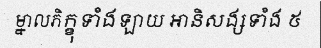
ម្នាលភិក្ខុទាំងឡាយ អានិសង្សទាំង ៥